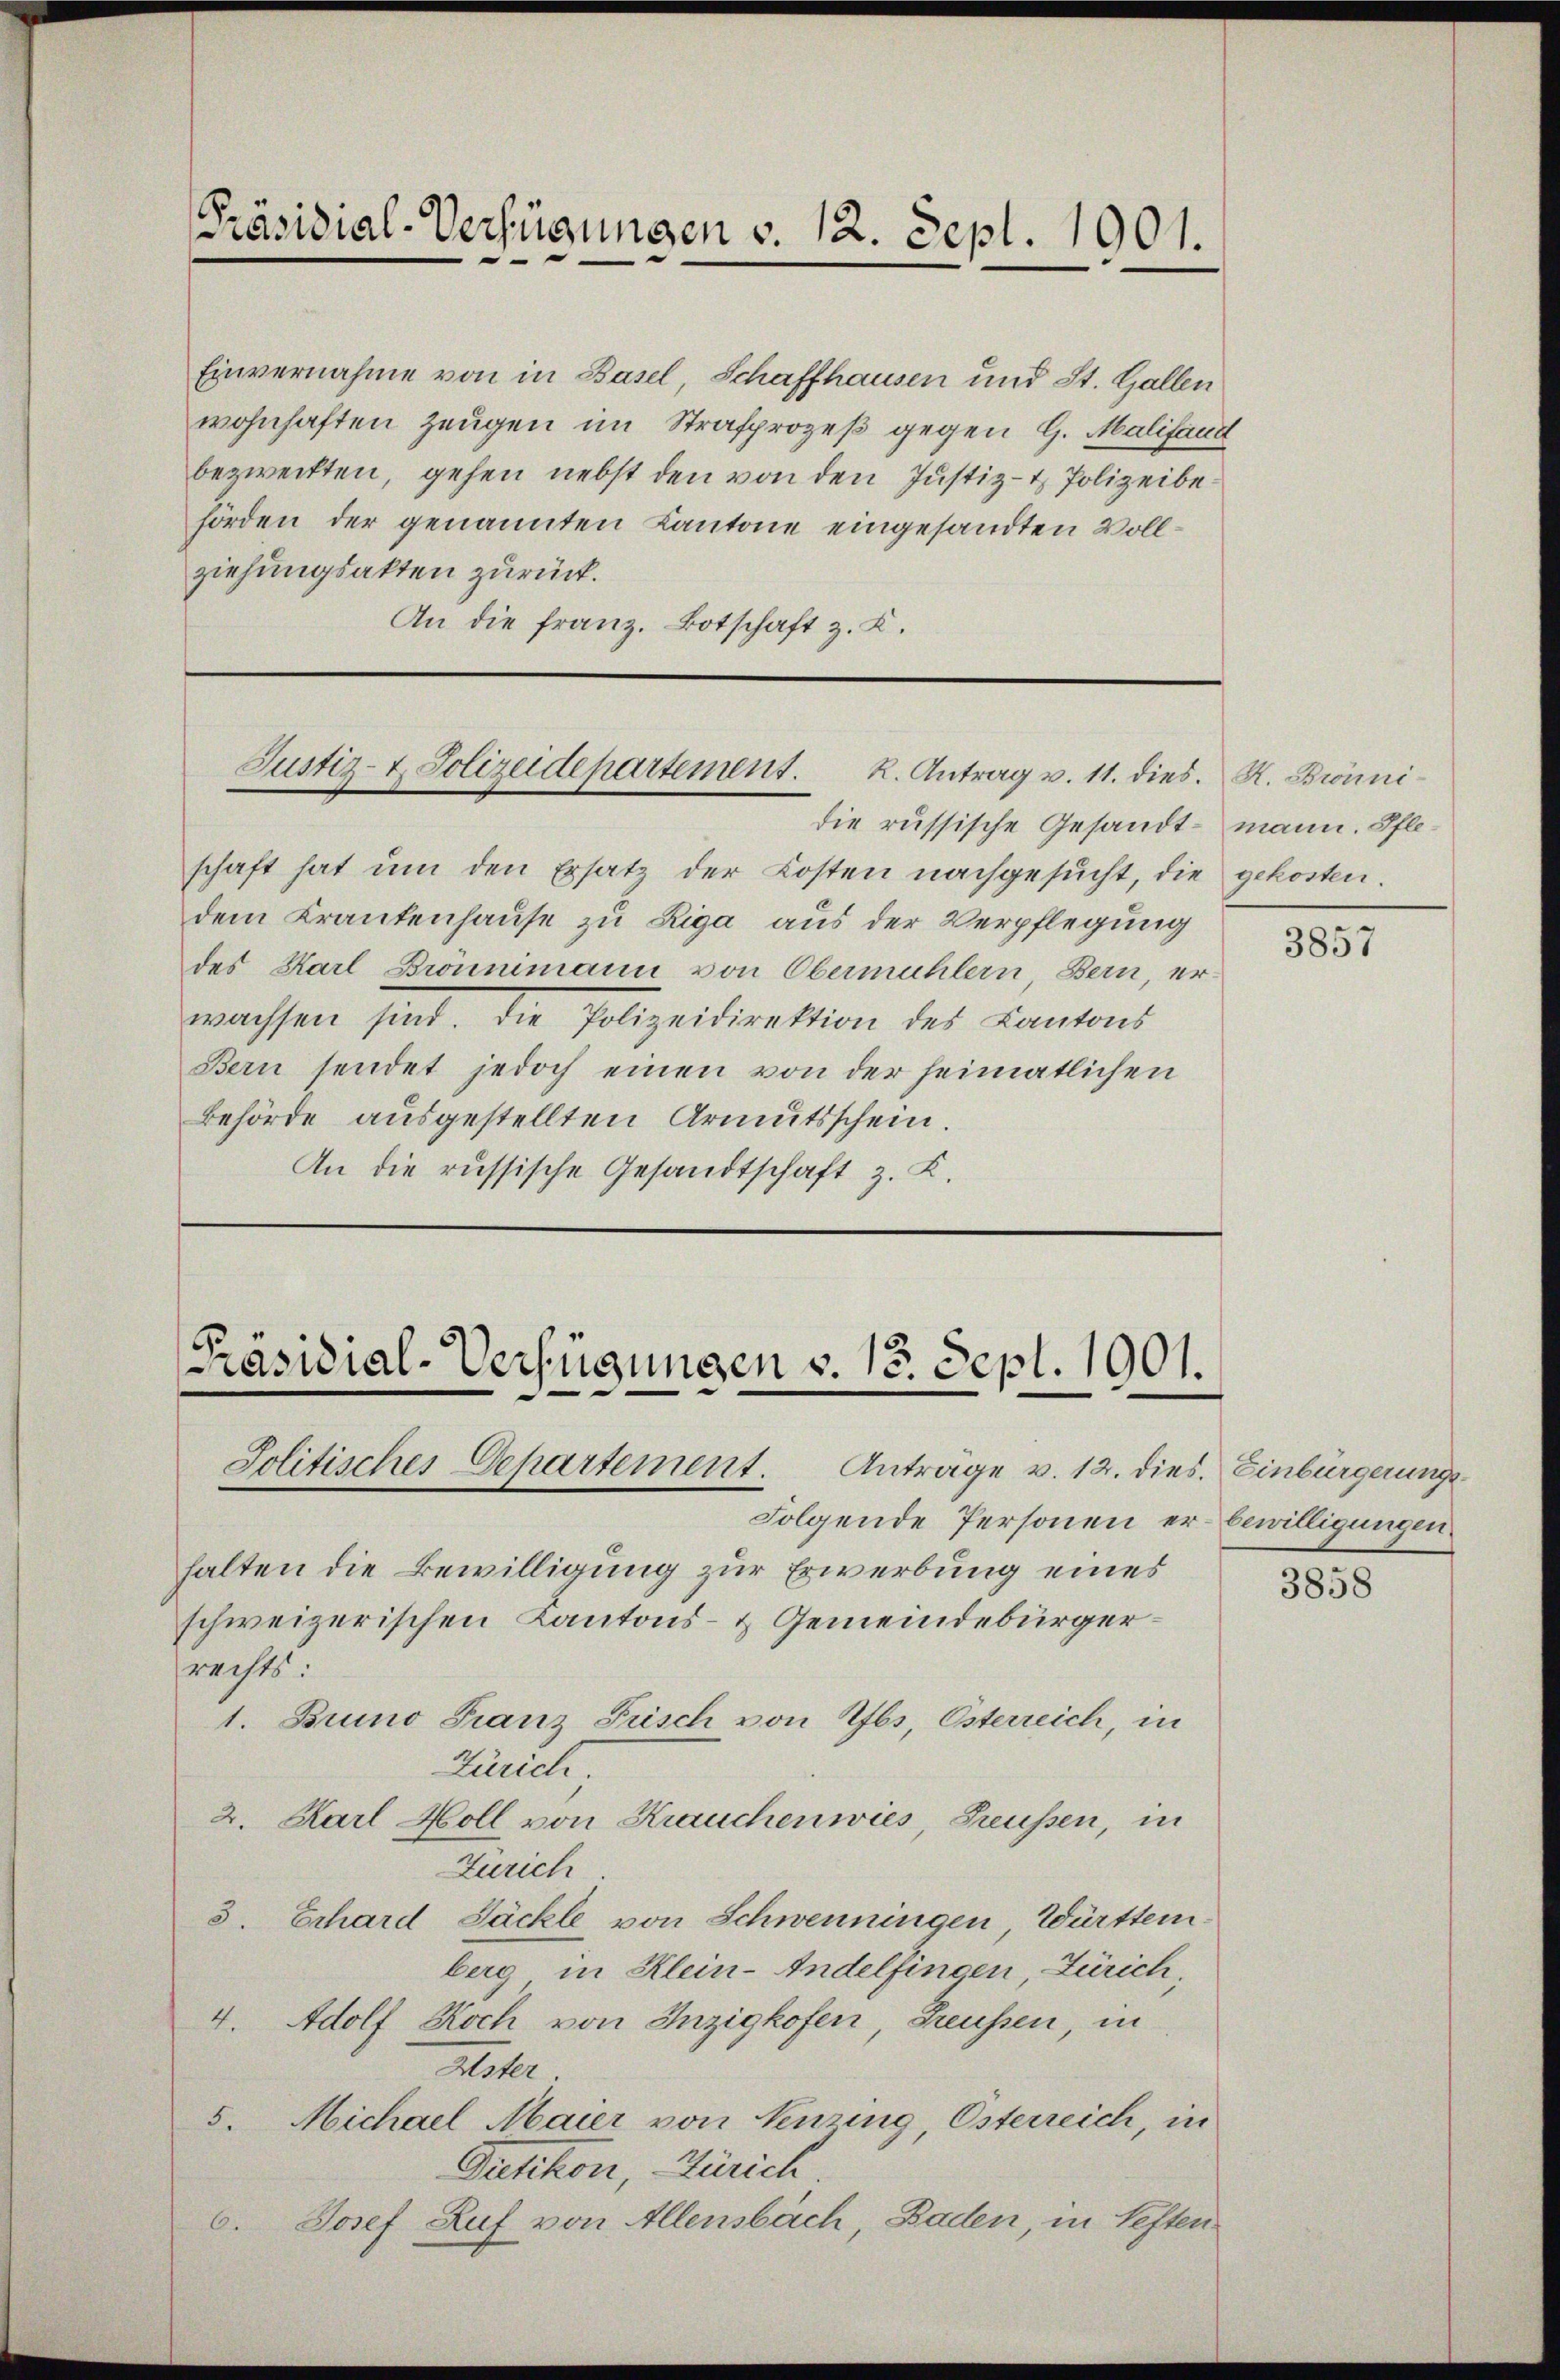
Präsidial-Verfügungen v. 12. Sept. 1901.

Einvernahme von in Basel, Schaffhausen und St. Gallen
wohnhaften Zeugen im Strafprozeß gegen 9. Malifand
bezweckten, gehen nebst den von den Justiz- & Polizeibehörden der genannten Kantone eingesandten Vollziehungsakten zurück.
An die Franz. Botschaft z. K.

Justiz- & Polizeidepartement. K. Antrag v. 11. dies. R. Brönni¬

schaft hat um den Ersatz der Kosten nachgesucht, die
dem Krankenhause zu Riga aus der Verpflegung
des Karl Brönnimann von Obermühlern Bern, er-
wachsen sind. Die Polizeidirektion des Kantons
Bern sendet jedoch einen von der heimatlichen
Behörde ausgestellten Armutsschein.
An die russische Gesandtschaft z. K.

[Präsidial-Verfügungen v. 13. Sept. 1901.
Jolitisches Departement. Antrage v. 12. dies. Einbürgerungs¬

die russische Gesandt mann. Pfle¬

halten die Bewilligung zur Erwerbung eines
schweizerischen Kantons- & Gemeindebürgerrechts:
1. Bruno Franz Frisch von Rfbs, Österreich, in
Zürich
2. Karl Moll von Krauchenwies, Freussen, in
Zürich
3. Erhard Säckle von Schwenningen, Württemberg in Klein-Andelfingen, Zürich,
4. Adolf Koch von Inzigkofen, Preußen, in
Aster.
5. Michael Maier von Venzing, Osterreich, in
Pretikon, Zürich.
Josef Ruf von Allensbach, Baden, in Neften
6.

Folgende Personen er bewilligungen.

gekosten.

3857

3858